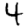
Digit: 4